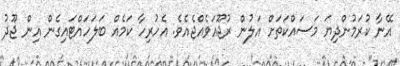
އޭނާ ކުރަމުންދިޔަ މަސައްކަތަށް އަލުން ރުޖޫއަވެއްޖެއެވެ. އެހުރިހާ ކަމެއް ބަލަހައްޓައިގެން އިން ޖޫދު